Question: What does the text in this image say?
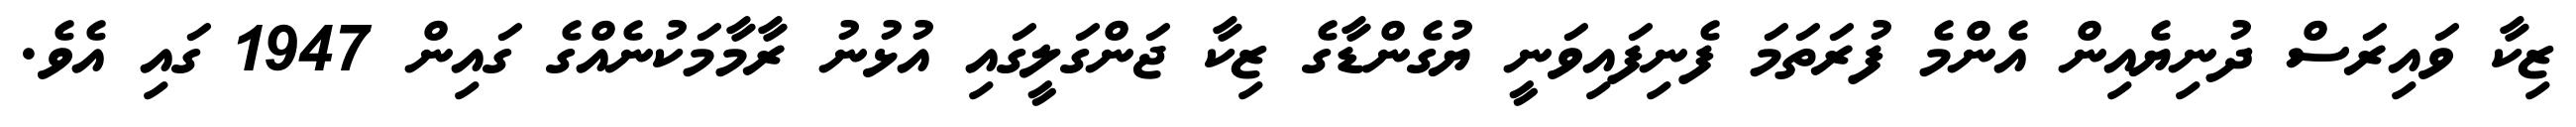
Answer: ޒިކާ ވައިރަސް ދުނިޔެއިން އެންމެ ފުރަތަމަ ފެނިފައިވަނީ ޔުގެންޑާގެ ޒިކާ ޖަންގަލީގައި އުޅުނު ރާމާމަކުނެއްގެ ގައިން 1947 ގައި އެވެ.